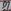
Text: D7